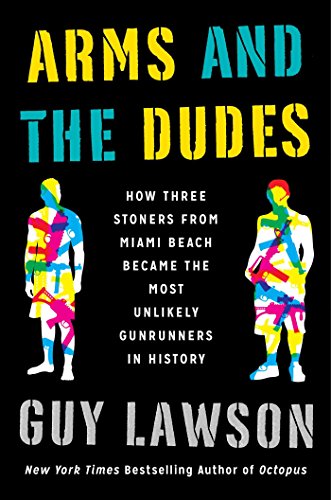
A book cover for Arms and the Dudes: How Three Stoners from Miami Beach Became the Most Unlikely Gunrunners in History; Guy Lawson; Biographies & Memoirs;